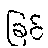
ခြင်